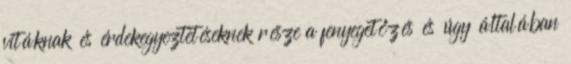
vitáknak és érdekegyeztetéseknek része a fenyegetőzés és úgy általában